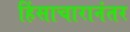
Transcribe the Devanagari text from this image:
हिंसाचारानंतर